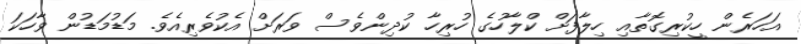
އަހަރެން ހީކުރިގޮތާއި ހިލާފަށް ކްލާހުގެ ހުރިހާ ކުދިންވެސް ވަރަށް އެކުވެރިއެވެ. މަަޑުމަޑުން ވާހަކަ